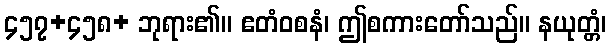
၄၅၇+၄၅၈+ ဘုရား၏။ ဧတံဝစနံ၊ ဤစကားတော်သည်။ နယုတ္တံ၊